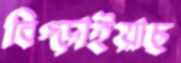
বিগ্‌ড়াইয়াছ